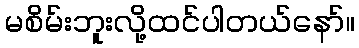
မစိမ်းဘူးလို့ထင်ပါတယ်နော်။